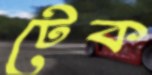
টেক